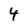
Character: 4